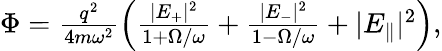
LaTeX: \begin{array}{r}{\Phi=\frac{q^{2}}{4m\omega^{2}}\left(\frac{|E_{+}|^{2}}{1+\Omega/\omega}+\frac{|E_{-}|^{2}}{1-\Omega/\omega}+|E_{\parallel}|^{2}\right),}\end{array}